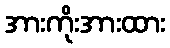
အားကိုးအားထား